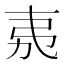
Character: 𭚨